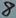
Text: 8